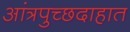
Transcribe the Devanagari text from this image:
आंत्रपुच्छदाहात